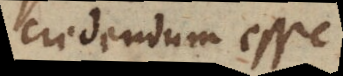
credendum esse